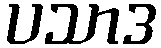
ပသာဒ